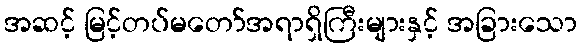
အဆင့် မြင့်တပ်မတော်အရာရှိကြီးများနှင့် အခြားသော